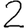
Digit: 2